Lunatic asylums Central Provinces reports 1910-1926 - 1910-1926
Year: 1910
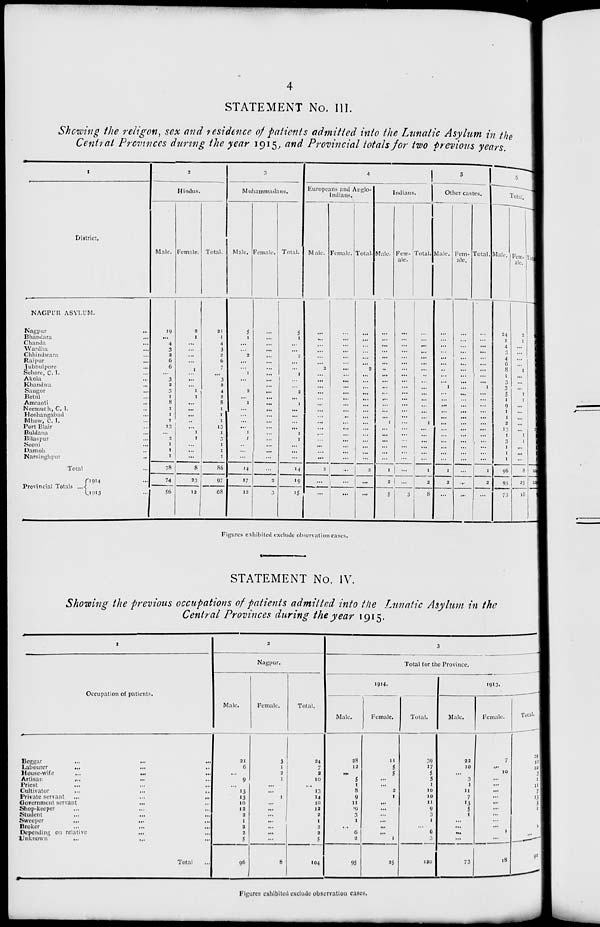
4
STATEMENT No. III.
Showing the religon, sex and residence of patients admitted into the Lunatic Asylum in the
Central Provinces during the year 1915, and Provincial totals for two previous years.
1
District,
NAGPUR ASYLUM.
Nagpur ...
Bhandara ...
Chamda ...
Wardha ...
Chhindwara ...
Raipur ...
Jubbulpore ...
Sehore, C. I. ...
Akola ...
Khandwa ...
Saugor ...
Betul ...
Amraoti ...
Neemuch, C. I. ...
Hoshangabad ...
Mhow, C. I. ...
Port Blair ...
Buldana ...
Bilaspur ...
Seoni ...
Damoh ...
Narsinghpur ...
Total ...
Provincial Totals ...
1914 ...
1913 ...
2
Hindus.
Male.
19
...
4
3
2
6
6
...
3
2
3
1
8
1
1
1
13
...
2
1
1
1
78
74
56
Female.
2
1
...
...
...
...
1
...
...
...
1
1
...
...
...
...
...
1
1
...
...
...
8
23
12
Total.
21
1
4
3
2
6
7
...
3
2
4
2
8
1
1
1
13
1
3
1
1
1
86
97
68
3
Muhammadans.
Male.
5
1
...
...
2
...
...
1
...
...
2
...
1
...
...
...
...
1
1
...
...
...
14
17
12
Female.
...
...
...
...
...
...
...
...
...
...
...
...
...
...
...
...
...
...
...
...
...
...
...
2
3
Total.
5
1
...
...
2
...
...
1
...
...
2
...
1
...
...
...
...
1
1
...
...
...
14
19
15
4
Europeans and Anglo-
Indians.
Male.
...
...
...
...
...
...
2
...
...
...
...
...
...
...
...
...
...
...
...
...
...
...
2
...
...
Female.
...
...
...
...
...
...
...
...
...
...
...
...
...
...
...
...
...
...
...
...
...
...
...
...
...
Total.
...
...
...
...
...
...
2
...
...
...
...
...
...
...
...
...
...
...
...
...
...
...
2
...
...
Indians.
Male.
...
...
...
...
...
...
...
...
...
...
...
...
...
...
...
1
...
...
...
...
...
...
1
2
5
Fem-
ale.
...
...
...
...
...
...
...
...
...
...
...
...
...
...
...
... ...
...
...
...
...
...
...
3
Total.
...
...
...
...
...
...
...
...
...
...
...
...
...
...
1
...
...
...
...
...
...
1
2
8
5
Other castes.
Male.
...
...
...
...
...
...
...
...
...
1
...
...
...
...
...
...
...
...
...
...
...
...
1
2
...
Fem-
ale.
...
...
...
...
...
...
...
...
...
...
...
...
...
...
...
...
...
...
...
...
...
...
...
...
...
Total.
...
...
...
...
...
...
...
...
...
1
...
...
...
...
...
...
...
...
...
...
...
...
1
2
...
6
Total.
Male.
24
1
4
3
4
6
8
1
3
3
5
5
9
1
1
2
13
1
1
1
1
1
96
95
73
Fem-
ale.
2
1
...
...
...
...
1
...
...
...
1
1
...
...
...
...
...
1
1
...
...
...
8
25
18
Total.
26
2
4
3
4
6
9
1
3
3
6
6
9
1
1
2
13
2
2
1
1
1
104
120
91
Figures exhibited exclude observation cases.
STATEMENT No. IV.
Showing the previous occupations of patients admitted into the Lunatic Asylum in the
Central Provinces during the year 1915.
1
Occupation of patients.
Begar
...
...
...
Labourer ... ... ...
House-wife
...
...
...
Artisan ... ... ...
Priest ... ... ...
Cultivator ... ... ...
Private servant
...
...
...
Government servant
...
...
Shop-keeper ... ... ...
Student ... ... ...
Sweeper ... ... ...
Broker ... ... ...
Depending on relative ... ...
Unknown
...
...
...
Total ...
2
Nagpur.
Male.
21
6
...
9
...
13
13
10
12
2
1
2
2
5
96
Female.
3
1
2
1
...
...
1
...
...
...
...
...
...
...
8
Total.
24
7
2
10
...
13
14
10
12
2
1
2
2
5
104
3
Total for the Province.
1914.
Male.
28
12
...
5
1
8
9
11
9
3
1
...
6
2
95
Female.
11
5
5
...
...
2
1
...
...
...
...
...
...
1
25
Total.
39
17
5
5
1
10
10
11
9
3
1
...
6
3
120
1913.
Male.
22
10
...
3
1
11
7
13
5
1
...
...
...
...
73
Female.
7
...
10
...
...
...
...
...
...
...
...
1
...
...
18
Total.
29
10
10
3
1
11
7
13
5
1
...
1
...
...
91
Figures exhibited exclude observation cases.